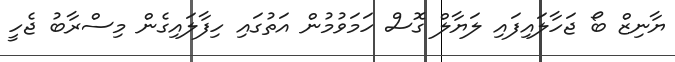
ޔާނިޒް ބޯ ޖަހާލައިފައި ލަޔާލް ގޮސް ހަމަވުމުން އަތުގައި ހިފާލައިގެން މިސްރާބު ޖެހީ